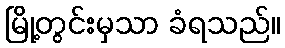
မြို့တွင်းမှသာ ခံရသည်။